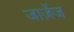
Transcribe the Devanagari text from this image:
जाज़ेंज